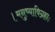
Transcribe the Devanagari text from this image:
।मनुष्याविग्रहाः